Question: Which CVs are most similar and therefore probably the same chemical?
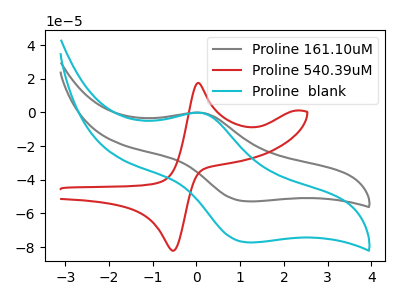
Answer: <think>The gray curve "Proline 161.10uM" has an anodic peak at (0.10V, -0.20uA) and a cathodic peak at (1.15V, -52.80uA). The red curve "Proline 540.39uM" has an anodic peak at (0.05V, 17.55uA) and a cathodic peak at (-0.55V, -82.05uA). The cyan curve "Proline  blank" has an anodic peak at (0.10V, -0.30uA) and a cathodic peak at (1.15V, -77.15uA).
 "Proline 161.10uM" and "Proline 540.39uM" have at least one peak that do not match. All the peaks in "Proline 161.10uM" have a peak in "Proline  blank" at the same potential. "Proline 540.39uM" and "Proline  blank" have at least one peak that do not match.</think>
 <answer>"Proline  blank" and "Proline 161.10uM" have the same shape and are likely CV's of the same chemical.</answer>
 <eval>"Proline  blank" "Proline 161.10uM"</eval>